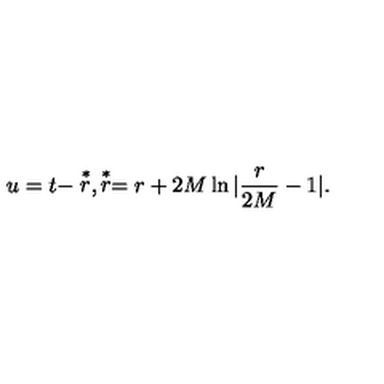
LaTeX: u = t - \stackrel { * } { r } , \stackrel { * } { r } = r + 2 M \ln | \frac { r } { 2 M } - 1 | .